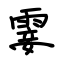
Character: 霎